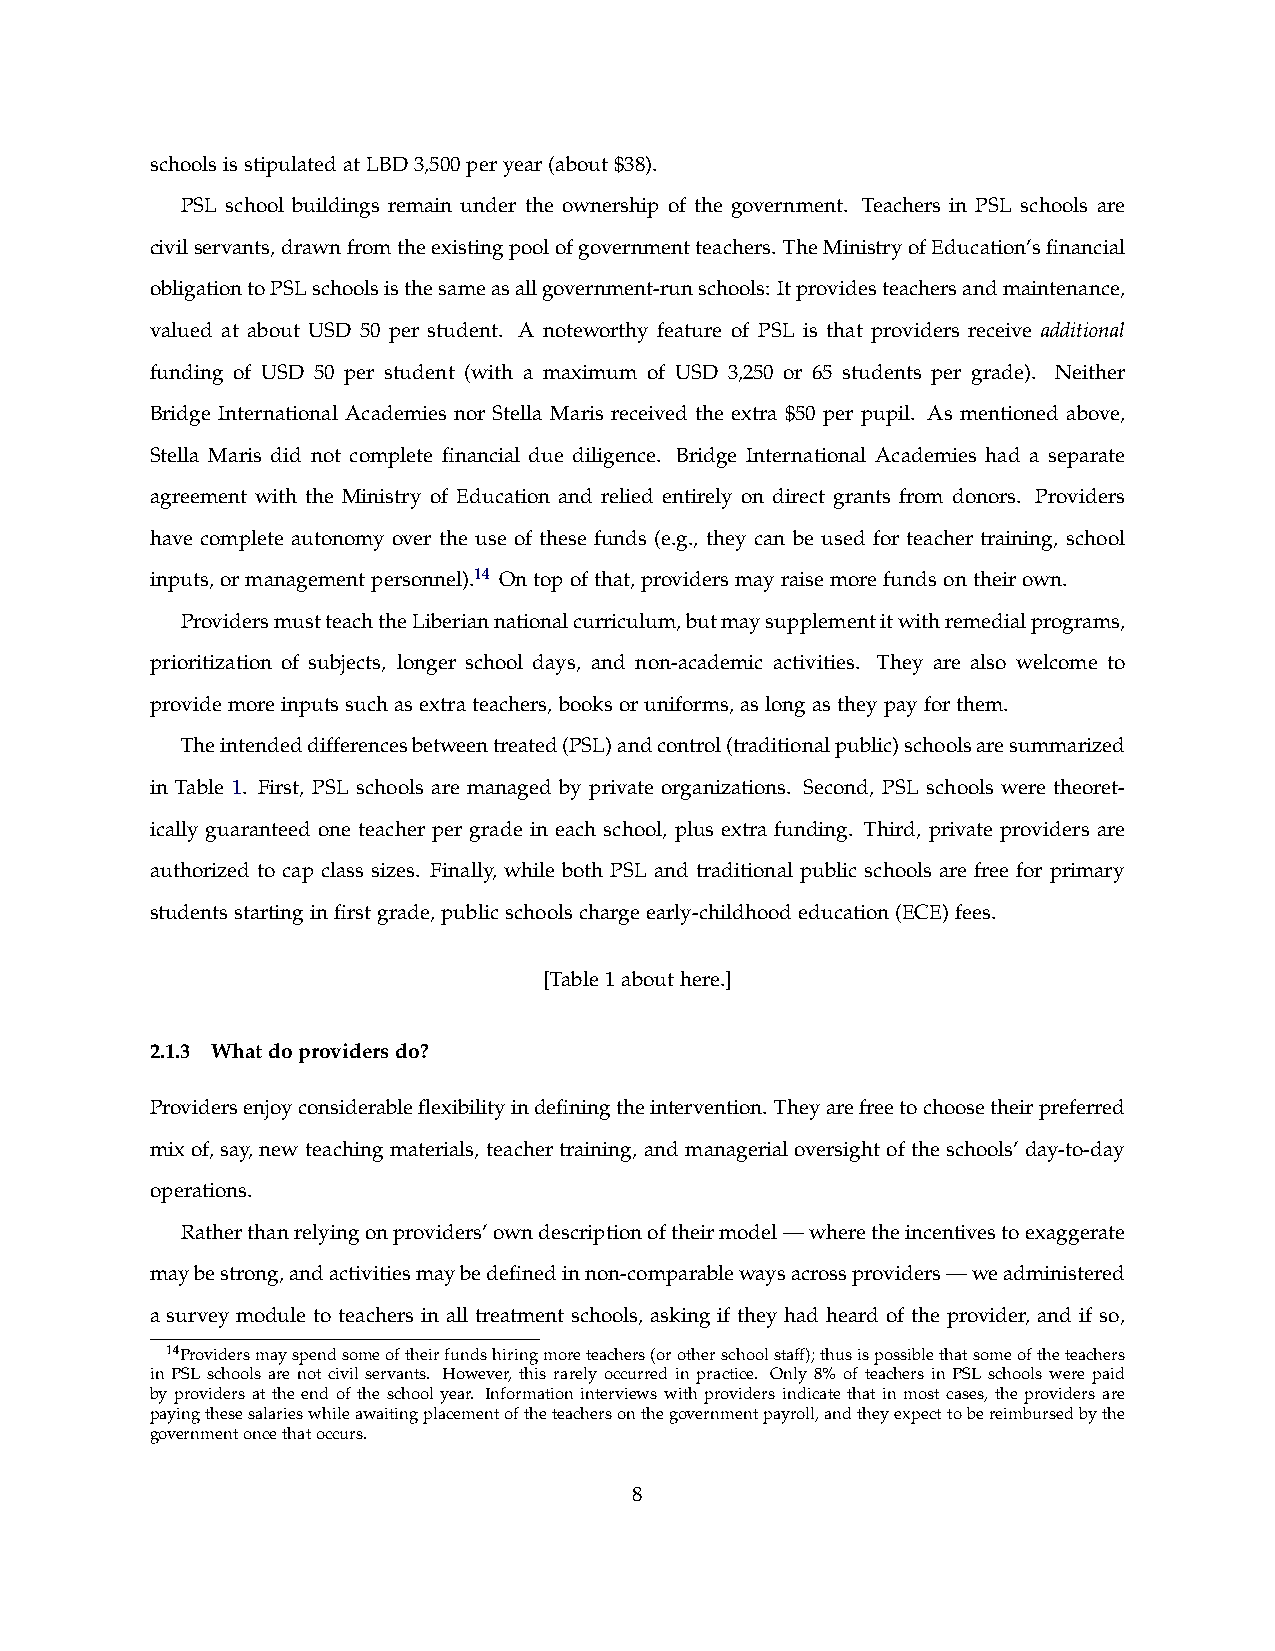
schoolsisstipulatedatLBD3,500peryear(about$38).
 PSL school buildings remain under the ownership of the government. Teachers in PSL schools are
 civilservants,drawnfromtheexistingpoolofgovernmentteachers. TheMinistryofEducation’sfinancial
 obligationtoPSLschoolsisthesameasallgovernment-runschools: Itprovidesteachersandmaintenance,
 valued at about USD 50 per student. A noteworthy feature of PSL is that providers receive additional
 funding of USD 50 per student (with a maximum of USD 3,250 or 65 students per grade). Neither
 Bridge International Academies nor Stella Maris received the extra $50 per pupil. As mentioned above,
 Stella Maris did not complete financial due diligence. Bridge International Academies had a separate
 agreement with the Ministry of Education and relied entirely on direct grants from donors. Providers
 have complete autonomy over the use of these funds (e.g., they can be used for teacher training, school
 inputs,ormanagementpersonnel).14 Ontopofthat,providersmayraisemorefundsontheirown.
 ProvidersmustteachtheLiberiannationalcurriculum,butmaysupplementitwithremedialprograms,
 prioritization of subjects, longer school days, and non-academic activities. They are also welcome to
 providemoreinputssuchasextrateachers,booksoruniforms,aslongastheypayforthem.
 Theintendeddifferencesbetweentreated(PSL)andcontrol(traditionalpublic)schoolsaresummarized
 in Table 1. First, PSL schools are managed by private organizations. Second, PSL schools were theoret-
 ically guaranteed one teacher per grade in each school, plus extra funding. Third, private providers are
 authorized to cap class sizes. Finally, while both PSL and traditional public schools are free for primary
 studentsstartinginfirstgrade,publicschoolschargeearly-childhoodeducation(ECE)fees.
 [Table1abouthere.]
 2.1.3 Whatdoprovidersdo?
 Providersenjoyconsiderableflexibilityindefiningtheintervention. Theyarefreetochoosetheirpreferred
 mix of, say, new teaching materials, teacher training, and managerial oversight of the schools’ day-to-day
 operations.
 Ratherthanrelyingonproviders’owndescriptionoftheirmodel—wheretheincentivestoexaggerate
 maybestrong,andactivitiesmaybedefinedinnon-comparablewaysacrossproviders—weadministered
 a survey module to teachers in all treatment schools, asking if they had heard of the provider, and if so,
 14Providersmayspendsomeoftheirfundshiringmoreteachers(orotherschoolstaff);thusispossiblethatsomeoftheteachers
 in PSL schools are not civil servants. However, this rarely occurred in practice. Only 8% of teachers in PSL schools were paid
 by providers at the end of the school year. Information interviews with providers indicate that in most cases, the providers are
 payingthesesalarieswhileawaitingplacementoftheteachersonthegovernmentpayroll,andtheyexpecttobereimbursedbythe
 governmentoncethatoccurs.
 8